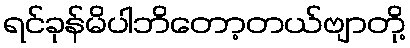
ရင်ခုန်မိပါဘိတော့တယ်ဗျာတို့